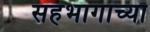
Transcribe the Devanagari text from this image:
सहभागाच्या